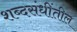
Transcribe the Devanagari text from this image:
शब्दसंधींतील